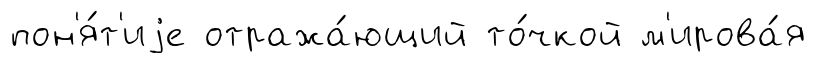
пон'я́т'иjе отража́ющий то́чкой м'ирова́я